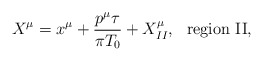
\begin{align*}X^\mu=x^\mu+\frac{p^\mu \tau}{\pi {T_0}}+X_{II}^\mu,~~{\rm region ~II},\end{align*}